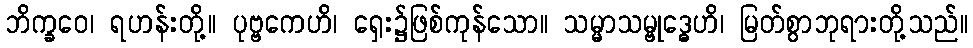
ဘိက္ခဝေ၊ ရဟန်းတို့။ ပုဗ္ဗကေဟိ၊ ရှေး၌ဖြစ်ကုန်သော။ သမ္မာသမ္ဗုဒ္ဓေဟိ၊ မြတ်စွာဘုရားတို့သည်။